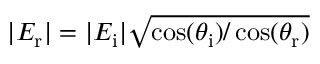
| E _ { \mathrm { r } } | = | E _ { \mathrm { i } } | \sqrt { \cos ( \theta _ { \mathrm { i } } ) / \cos ( \theta _ { \mathrm { r } } ) }